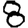
Digit: 8